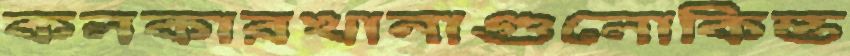
কলকারখানাগুলোকিম্ভ